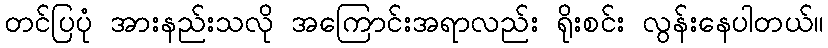
တင်ပြပုံ အားနည်းသလို အကြောင်းအရာလည်း ရိုးစင်း လွန်းနေပါတယ်။